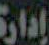
إدارة